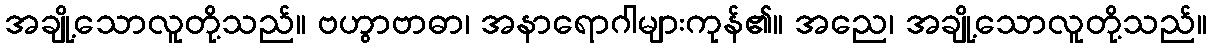
အချို့သောလူတို့သည်။ ဗဟွာဗာဓာ၊ အနာရောဂါများကုန်၏။ အညေ၊ အချို့သောလူတို့သည်။